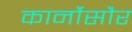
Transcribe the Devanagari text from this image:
कार्नोसौर